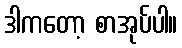
ဒါကတော့ စာအုပ်ပါ။